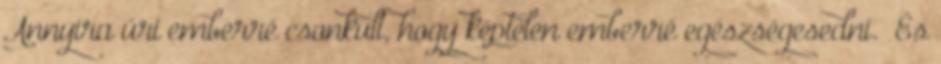
Annyira úri emberré csonkult, hogy képtelen emberré egészségesedni.” És